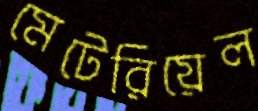
মেটেরিয়েল